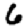
Digit: 6